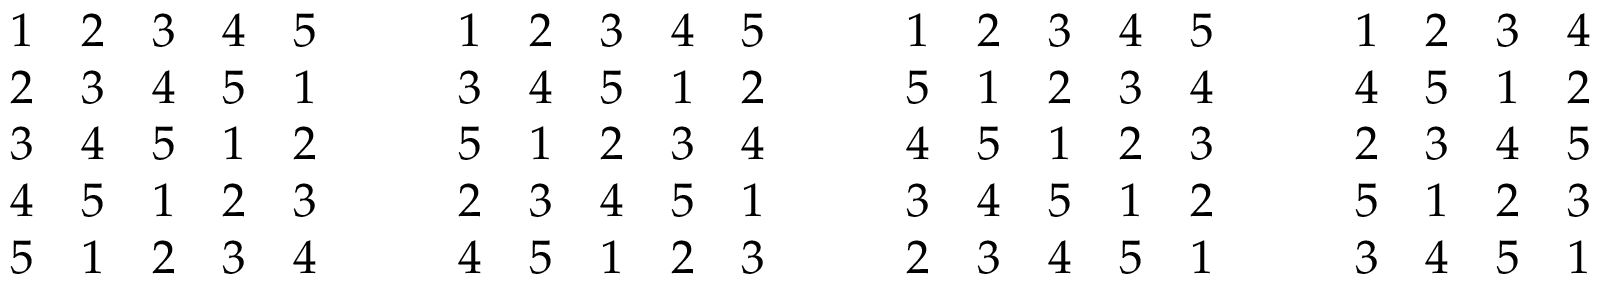
{ \begin{array} { l l l l l } { 1 } & { 2 } & { 3 } & { 4 } & { 5 } \\ { 2 } & { 3 } & { 4 } & { 5 } & { 1 } \\ { 3 } & { 4 } & { 5 } & { 1 } & { 2 } \\ { 4 } & { 5 } & { 1 } & { 2 } & { 3 } \\ { 5 } & { 1 } & { 2 } & { 3 } & { 4 } \end{array} } \qquad { \begin{array} { l l l l l } { 1 } & { 2 } & { 3 } & { 4 } & { 5 } \\ { 3 } & { 4 } & { 5 } & { 1 } & { 2 } \\ { 5 } & { 1 } & { 2 } & { 3 } & { 4 } \\ { 2 } & { 3 } & { 4 } & { 5 } & { 1 } \\ { 4 } & { 5 } & { 1 } & { 2 } & { 3 } \end{array} } \qquad { \begin{array} { l l l l l } { 1 } & { 2 } & { 3 } & { 4 } & { 5 } \\ { 5 } & { 1 } & { 2 } & { 3 } & { 4 } \\ { 4 } & { 5 } & { 1 } & { 2 } & { 3 } \\ { 3 } & { 4 } & { 5 } & { 1 } & { 2 } \\ { 2 } & { 3 } & { 4 } & { 5 } & { 1 } \end{array} } \qquad { \begin{array} { l l l l l } { 1 } & { 2 } & { 3 } & { 4 } & { 5 } \\ { 4 } & { 5 } & { 1 } & { 2 } & { 3 } \\ { 2 } & { 3 } & { 4 } & { 5 } & { 1 } \\ { 5 } & { 1 } & { 2 } & { 3 } & { 4 } \\ { 3 } & { 4 } & { 5 } & { 1 } & { 2 } \end{array} } .